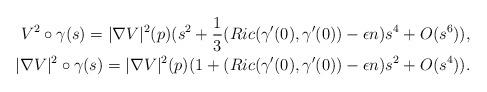
LaTeX: \begin{align*} V^2\circ\gamma(s) = |\nabla V|^2(p) (s^2 + \frac{1}{3}(Ric(\gamma'(0),\gamma'(0)) - \epsilon n)s^4 + O(s^{6})), \\ |\nabla V|^2\circ\gamma(s) = |\nabla V|^{2}(p)( 1 + (Ric(\gamma'(0),\gamma'(0)) - \epsilon n)s^2 + O(s^4)). \end{align*}